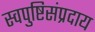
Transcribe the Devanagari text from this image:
स्वपुष्टिसंप्रदाय